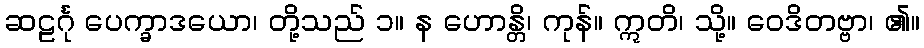
ဆဠင်္ဂု ပေက္ခာဒယော၊ တို့သည် ၁။ န ဟောန္တိ၊ ကုန်။ ဣတိ၊ သို့။ ဝေဒိတဗ္ဗာ၊ ၏။